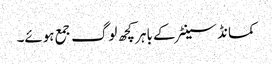
کمانڈ سینٹر کے باہر کچھ لوگ جمع ہوئے۔